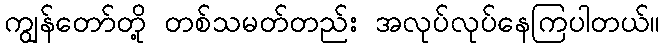
ကျွန်တော်တို့ တစ်သမတ်တည်း အလုပ်လုပ်နေကြပါတယ်။